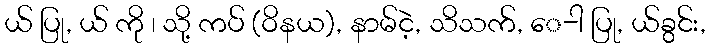
ယ် ပြု, ယ် ကို ၊ သို့ ကပ် (ဝိနယ), နာမ်ငဲ့, သိသက်, ေ-ါ ပြု, ယ်ခွင်း,